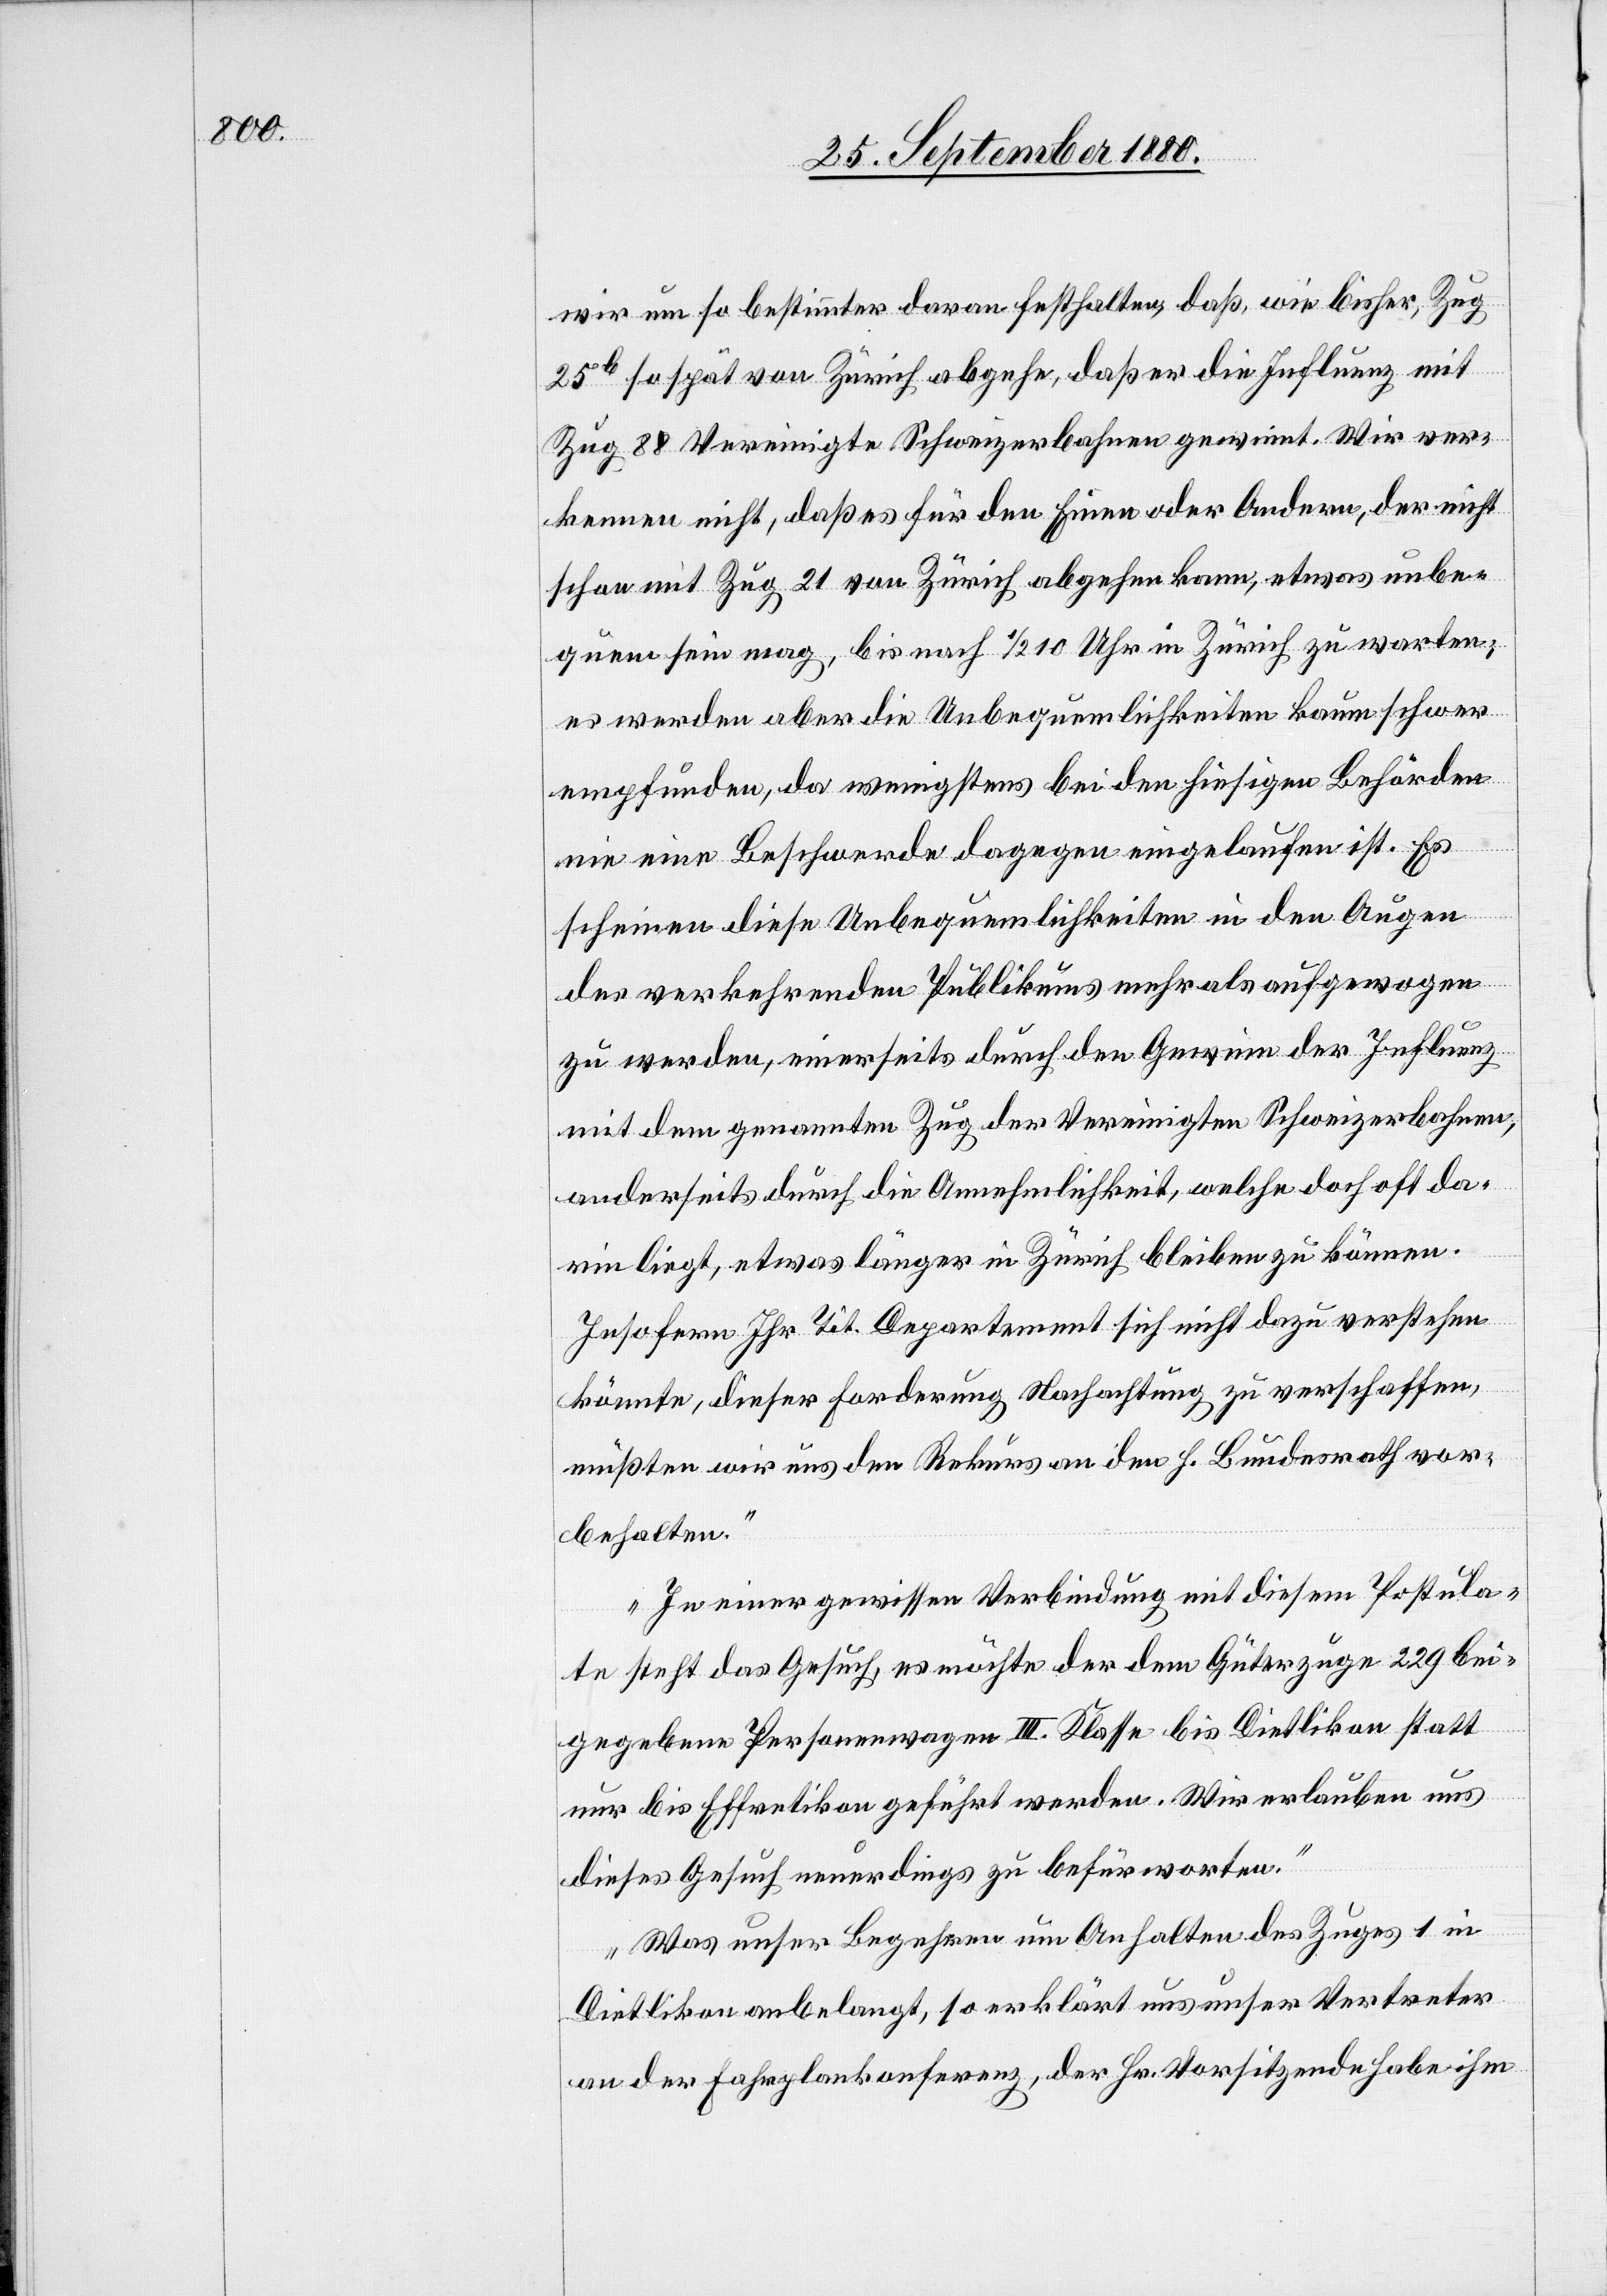
wir um so bestimmter daran festhalten, daß wie bisher, Zug
25b so spät von Zürich abgehe, daß er die Influenz mit
Zug 88 Vereinigte Schweizerbahnen gewinnt. Wir ver¬
kennen nicht, daß es für den Einen oder Andern, der nicht
schon mit Zug 21 von Zürich abgehen kann, etwas unbe¬
quem sein mag, bis nach 1/2 10 Uhr in Zürich zu warten;
es werden aber die Unbequemlichkeiten kaum schwer
empfunden, da wenigstens bei den hiesigen Behörden
nie eine Beschwerde dagegen eingelaufen ist. Es
scheinen diese Unbequemlichkeiten in den Augen
des verkehrenden Publikums mehr als aufgewogen
zu werden, einerseits durch den Gewinn der Influenz
mit dem genannten Zug der Vereinigten Schweizerbahnen,
anderseits durch die Annehmlichkeit, welche doch oft da¬
rin liegt, etwas länger in Zürich bleiben zu können.
Insofern Ihr Tit. Departement sich nicht dazu verstehen
könnte, dieser Forderung Nachachtung zu verschaffen,
müßten wir uns den Rekurs an den h. Bundesrath vor¬
behalten.
In einer gewissen Verbindung mit diesem Postula¬
te steht das Gesuch, es möchte der dem Güterzuge 229 bei¬
gegebene Personenwagen III. Klasse bis Dietlikon statt
nur bis Effretikon geführt werden. Wir erlauben uns
dieses Gesuch neuerdings zu befürworten.
Was unser Begehren um Anhalten des Zuges 1 in
Dietlikon anbelangt, so erklärt uns unser Vertreter
an der Fahrplankonferenz, der Hr. Vorsitzende habe ihm